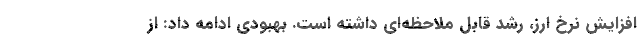
افزایش نرخ ارز، رشد قابل ملاحظه‌ای داشته است. بهبودی ادامه داد: از